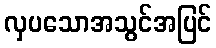
လှပသောအသွင်အပြင်